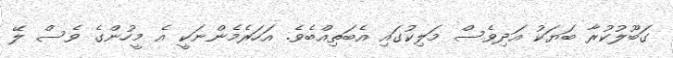
ގަބޫލުކުރާ ބަޔަކު އަދިވެސް މަލިކުގައި އެބަތިއްބެވެ. އަހަރެމެންނަކީ އެ މީހުންގެ ވެސް ލޭ